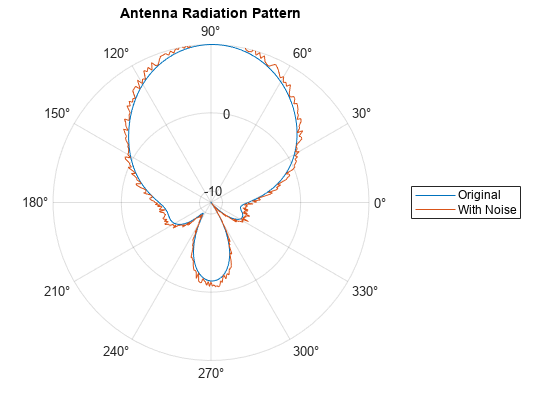
matlab, figure, polarplot